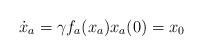
\begin{align*}\dot{x}_a = \gamma f_a(x_a)x_a(0) = x_0\end{align*}